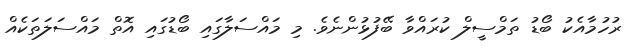
ރުހުމާއެކު ބޯޑު ތަމްސީލް ކުރައްވާ ބޭފުޅުންނެވެ. މި މައްސަލާގައި ބޯޑުގައި އޮތް މައްސަލަތަކެއް